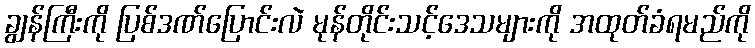
ချွန်ကြီးကို ပြစ်ဒဏ်ပြောင်းလဲ မုန်တိုင်းသင့်ဒေသများကို အထုတ်ခံရမည်ကို